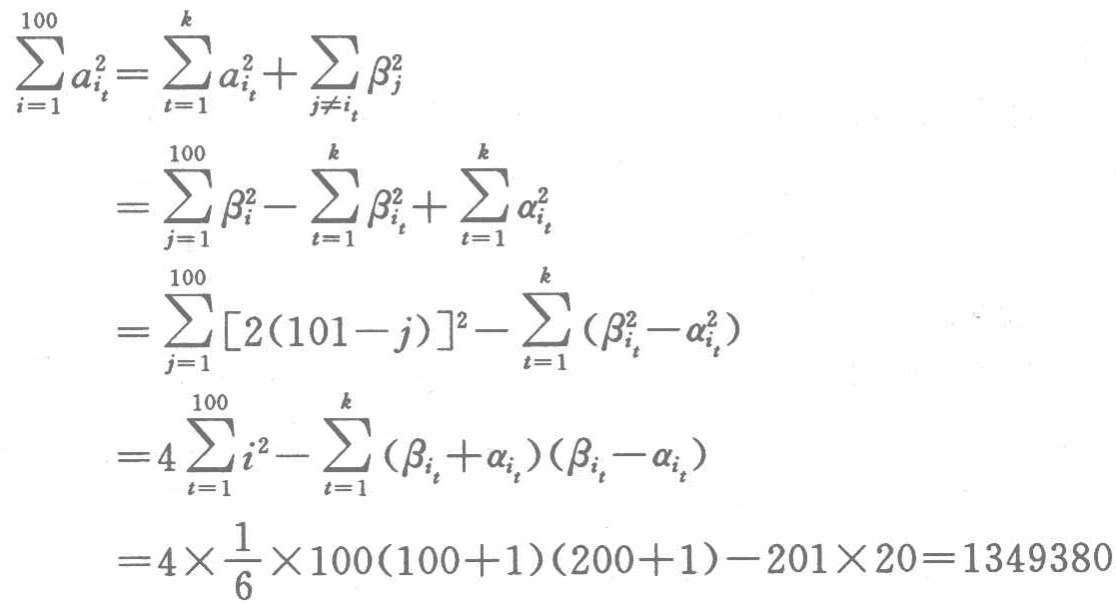
\begin{align*}

\sum_{i = 1}^{100} a_{i_t}^2&=\sum_{t = 1}^{k} a_{i_t}^2+\sum_{j\neq i_t} \beta_{j}^2\\

&=\sum_{j = 1}^{100} \beta_{i}^2-\sum_{t = 1}^{k} \beta_{i_t}^2+\sum_{t = 1}^{k} \alpha_{i_t}^2\\

&=\sum_{j = 1}^{100} [2(101 - j)]^2-\sum_{t = 1}^{k} (\beta_{i_t}^2-\alpha_{i_t}^2)\\

&=4\sum_{t = 1}^{100} i^2-\sum_{t = 1}^{k} (\beta_{i_t}+\alpha_{i_t})(\beta_{i_t}-\alpha_{i_t})\\

&=4\times\frac{1}{6}\times100(100 + 1)(200 + 1)-201\times20 = 1349380

\end{align*}